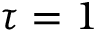
\tau = 1